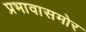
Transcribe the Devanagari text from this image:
प्रभावासमोर